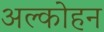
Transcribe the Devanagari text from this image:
अल्कोहन